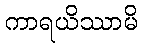
ကာရယိဿာမိ